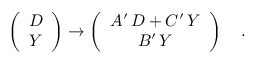
\left( \begin{array} { c } { { D } } \\ { { Y } } \end{array} \right) \rightarrow \left( \begin{array} { c } { { A ^ { \prime } \, D + C ^ { \prime } \, Y } } \\ { { B ^ { \prime } \, Y } } \end{array} \right) \quad .